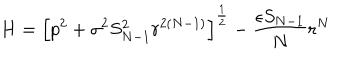
LaTeX: H = \left[ p ^ { 2 } + \sigma ^ { 2 } S _ { N - 1 } ^ { 2 } r ^ { 2 ( N - 1 ) } \right] ^ { \frac 1 2 } - \frac { \epsilon S _ { N - 1 } } { N } r ^ { N }